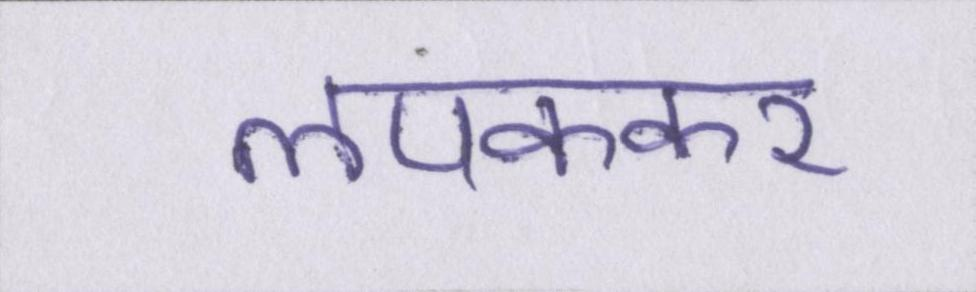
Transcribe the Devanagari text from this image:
लपककर